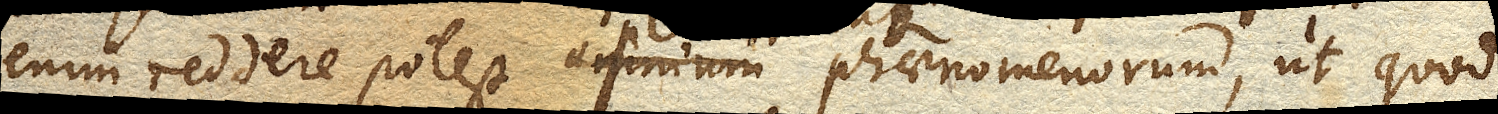
enim reddere potest omnium plerorumque phaenomenorum, ut quod